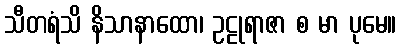
သီတရံသိ နိသာနာထော၊ ဥဠုရာဇာ စ မာ ပုမေ။